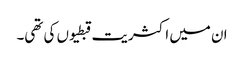
ان میں اکثریت قبطیوں کی تھی۔